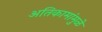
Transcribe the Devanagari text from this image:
अतिकामांमुळे